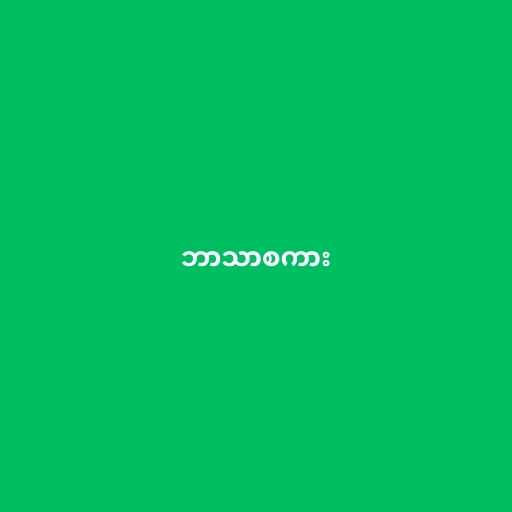
ဘာသာစကား